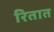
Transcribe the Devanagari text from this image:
रितात